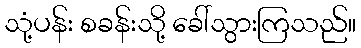
သုံ့ပန်း စခန်းသို့ ခေါ်သွားကြသည်။